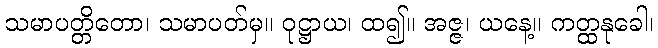
သမာပတ္တိတော၊ သမာပတ်မှ။ ဝုဋ္ဌာယ၊ ထ၍။ အဇ္ဇ၊ ယနေ့။ ကတ္ထနုခေါ၊